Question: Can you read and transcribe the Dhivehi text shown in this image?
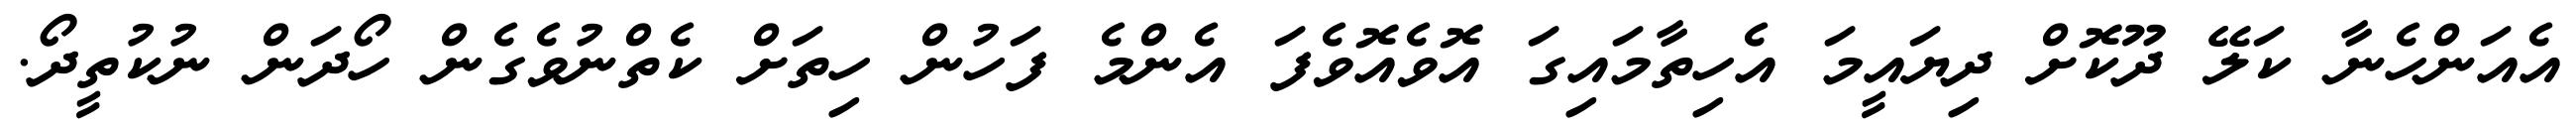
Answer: އެއަންހެނާ ކަލޭ ދޫކޮށް ދިޔައީމަ އެހިތާމައިގަ އޮވެއޮވެފަ އެންމެ ފަހުން ހިތަށް ކެތްނުވެގެން ހޯދަން ނުކުތީދޯ.